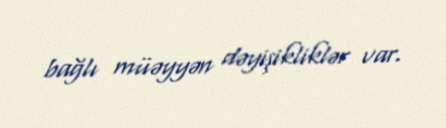
bağlı müəyyən dəyişikliklər var.